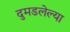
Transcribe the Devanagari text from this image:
दुमडलेल्या